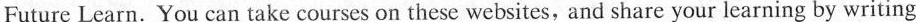
Future Learn. You can take courses on these websites，and share your learning by writing